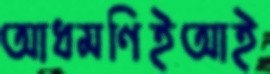
আধমণিইআই